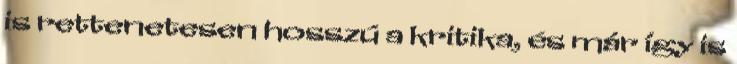
is rettenetesen hosszú a kritika, és már így is